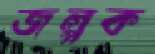
জল্পক